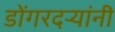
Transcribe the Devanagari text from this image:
डोंगरदर्‍यांनी